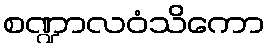
စဏ္ဍာလဝံသိကော